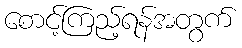
စောင့်ကြည့်ရန်အတွက်